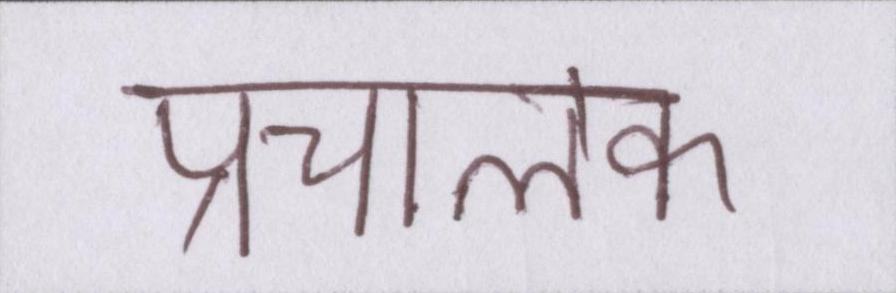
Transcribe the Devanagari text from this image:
प्रचालक